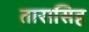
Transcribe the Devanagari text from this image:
तारासिह